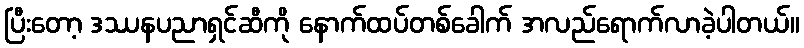
ပြီးတော့ ဒဿနပညာရှင်ဆီကို နောက်ထပ်တစ်ခေါက် အလည်ရောက်လာခဲ့ပါတယ်။